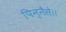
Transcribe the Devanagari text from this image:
पिन्नैसे।।